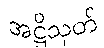
အဋ္ဌိသုတ်